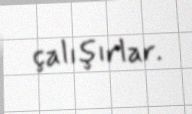
çalışırlar.